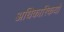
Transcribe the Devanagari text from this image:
अधिकारिकयों